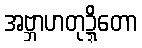
အဗ္ဘာဟတုဍ္ဍိတော